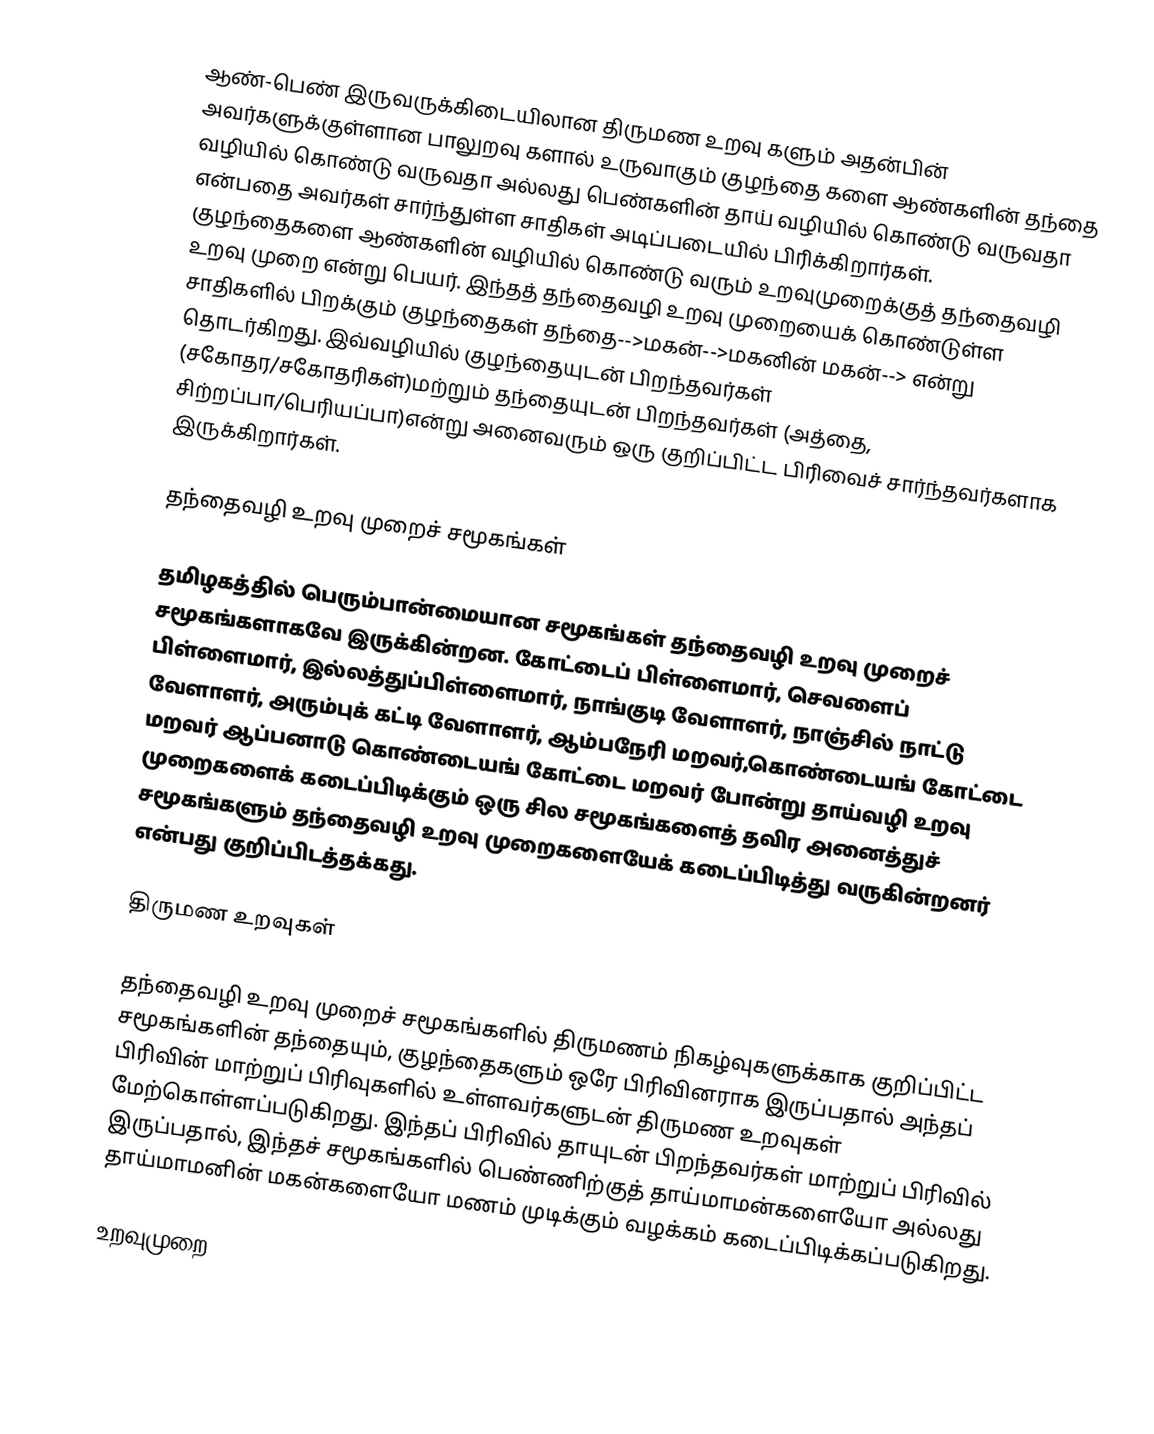
ஆண்-பெண் இருவருக்கிடையிலான திருமண உறவு களும் அதன்பின் அவர்களுக்குள்ளான பாலுறவு களால் உருவாகும் குழந்தை களை ஆண்களின் தந்தை வழியில் கொண்டு வருவதா அல்லது பெண்களின் தாய் வழியில் கொண்டு வருவதா என்பதை அவர்கள் சார்ந்துள்ள சாதிகள் அடிப்படையில் பிரிக்கிறார்கள். குழந்தைகளை ஆண்களின் வழியில் கொண்டு வரும் உறவுமுறைக்குத் தந்தைவழி உறவு முறை என்று பெயர். இந்தத் தந்தைவழி உறவு முறையைக் கொண்டுள்ள சாதிகளில் பிறக்கும் குழந்தைகள் தந்தை-->மகன்-->மகனின் மகன்--> என்று தொடர்கிறது. இவ்வழியில் குழந்தையுடன் பிறந்தவர்கள் (சகோதர/சகோதரிகள்)மற்றும் தந்தையுடன் பிறந்தவர்கள் (அத்தை, சிற்றப்பா/பெரியப்பா)என்று அனைவரும் ஒரு குறிப்பிட்ட பிரிவைச் சார்ந்தவர்களாக இருக்கிறார்கள்.

தந்தைவழி உறவு முறைச் சமூகங்கள்

தமிழகத்தில் பெரும்பான்மையான சமூகங்கள் தந்தைவழி உறவு முறைச் சமூகங்களாகவே இருக்கின்றன. கோட்டைப் பிள்ளைமார், செவளைப் பிள்ளைமார், இல்லத்துப்பிள்ளைமார், நாங்குடி வேளாளர், நாஞ்சில் நாட்டு வேளாளர், அரும்புக் கட்டி வேளாளர், ஆம்பநேரி மறவர்,கொண்டையங் கோட்டை மறவர் ஆப்பனாடு கொண்டையங் கோட்டை மறவர் போன்று தாய்வழி உறவு முறைகளைக் கடைப்பிடிக்கும் ஒரு சில சமூகங்களைத் தவிர அனைத்துச் சமூகங்களும் தந்தைவழி உறவு முறைகளையேக் கடைப்பிடித்து வருகின்றனர் என்பது குறிப்பிடத்தக்கது.

திருமண உறவுகள்

தந்தைவழி உறவு முறைச் சமூகங்களில் திருமணம் நிகழ்வுகளுக்காக குறிப்பிட்ட சமூகங்களின் தந்தையும், குழந்தைகளும் ஒரே பிரிவினராக இருப்பதால் அந்தப் பிரிவின் மாற்றுப் பிரிவுகளில் உள்ளவர்களுடன் திருமண உறவுகள் மேற்கொள்ளப்படுகிறது. இந்தப் பிரிவில் தாயுடன் பிறந்தவர்கள் மாற்றுப் பிரிவில் இருப்பதால், இந்தச் சமூகங்களில் பெண்ணிற்குத் தாய்மாமன்களையோ அல்லது தாய்மாமனின் மகன்களையோ மணம் முடிக்கும் வழக்கம்  கடைப்பிடிக்கப்படுகிறது.

 உறவுமுறை